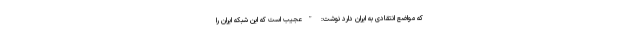
که مواضع انتقادی به ایران دارد نوشت: "عجیب است که این شبکه ایران را